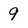
Character: 9